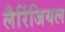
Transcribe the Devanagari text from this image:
लैरिंजियल